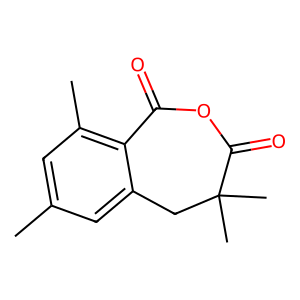
SMILES: Cc1cc(C)c2c(c1)CC(C)(C)C(=O)OC2=O
Inhibits HIV replication: No